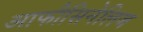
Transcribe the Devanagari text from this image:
आफीसिनेलिज